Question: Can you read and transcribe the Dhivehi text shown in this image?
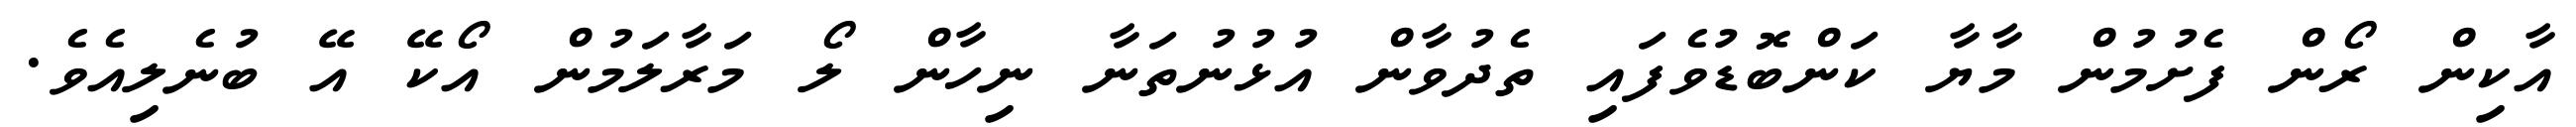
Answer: އާކިން ރޯން ފެށުމުން މާޔާ ކަންބޮޑުވެފައި ތެދުވާން އުޅުނުތަނާ ނިހާން ލޯ މަރާލަމުން އޯކޭ އޭ ބުނެލިއެވެ.